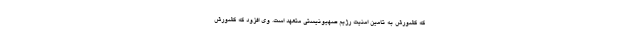
که کشورش به تامین امنیت رژیم صهیونیستی متعهد است. وی افزود که کشورش